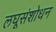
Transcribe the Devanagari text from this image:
लघूसंशोधन